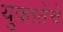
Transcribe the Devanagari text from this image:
युक्ततेचे